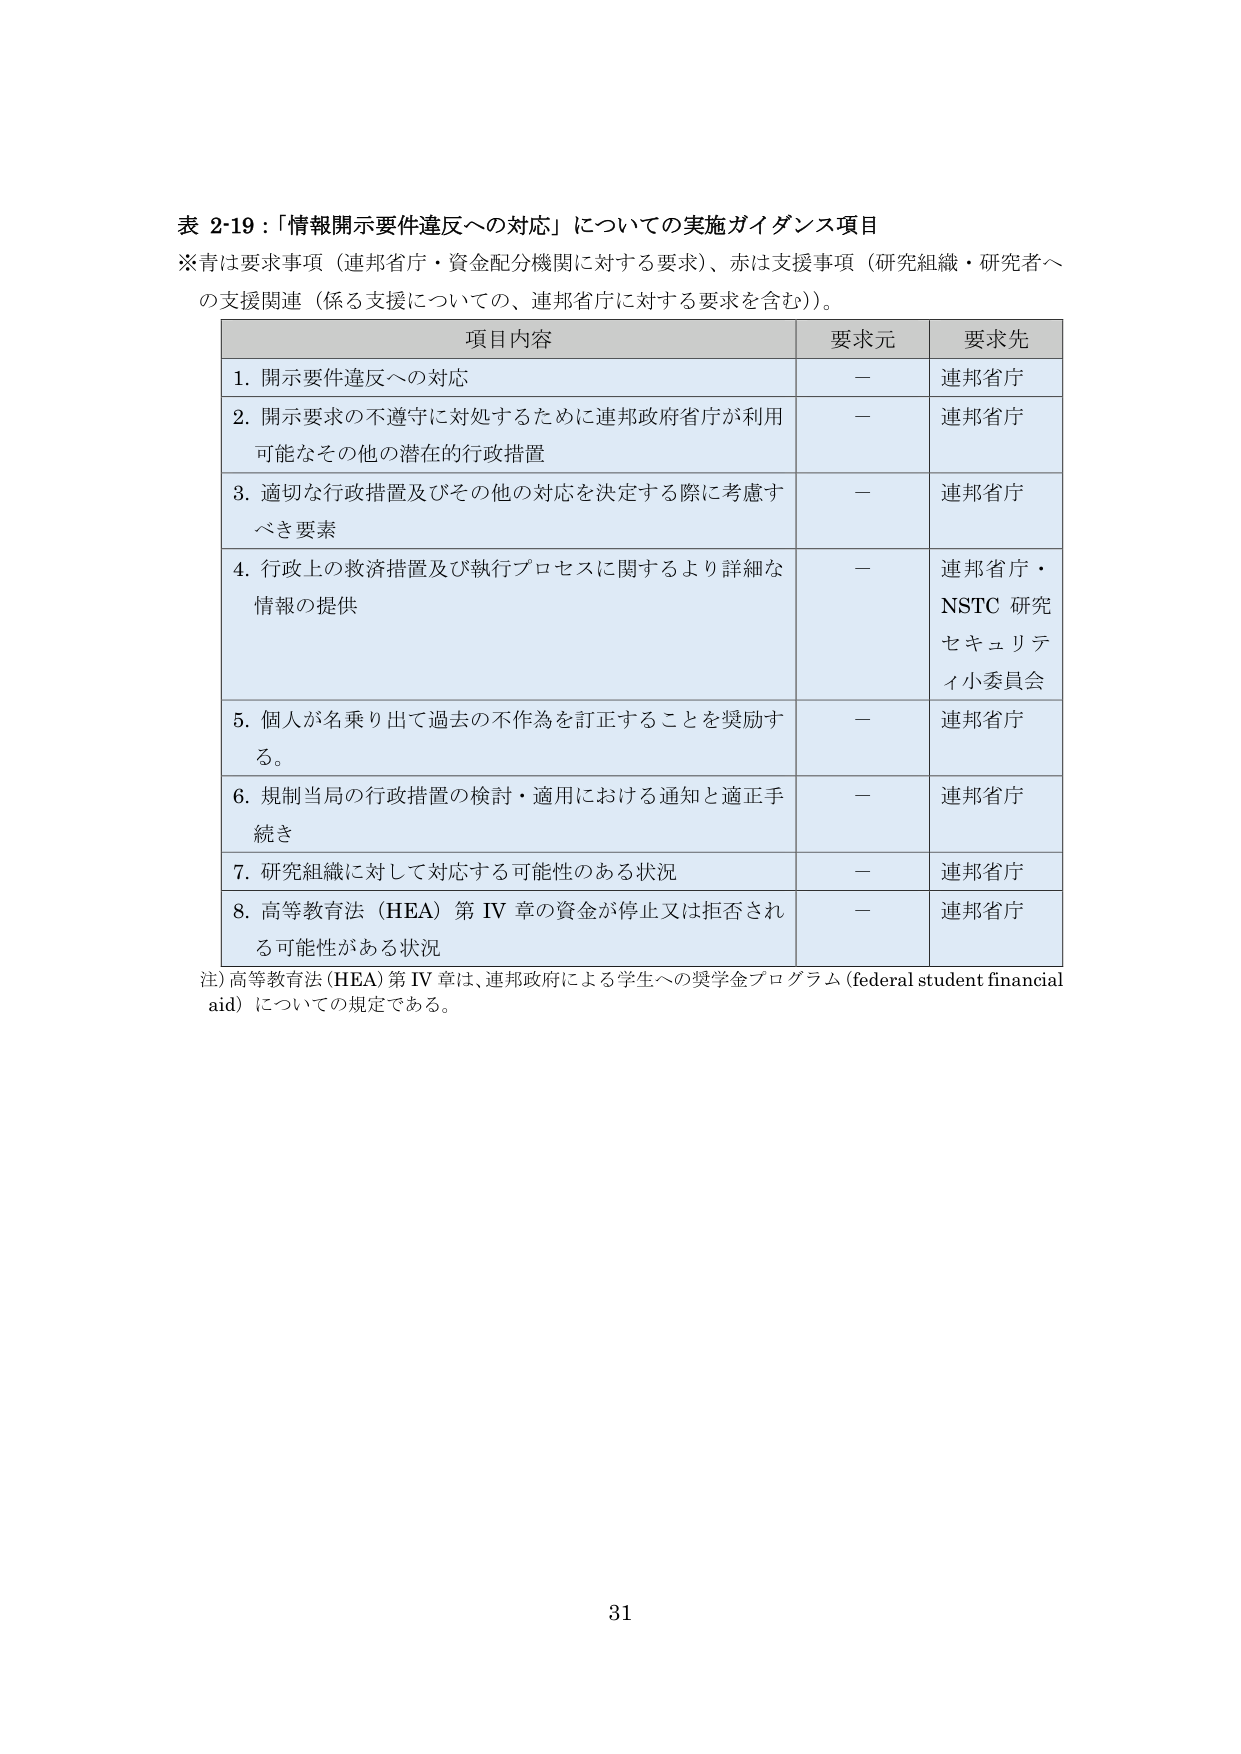
表 2-19：「情報開示要件違反への対応」についての実施ガイダンス項目
※青は要求事項（連邦省庁・資金配分機関に対する要求）、赤は支援事項（研究組織・研究者への支援関連（係る支援についての、連邦省庁に対する要求を含む））。

項目内容　　　　　　　　　　　　　　　　　　　　　　　要求元　　　要求先
1. 開示要件違反への対応　　　　　　　　　　　　　　　　ー　　　　　連邦省庁
2. 開示要求の不遵守に対処するために連邦政府省庁が利用可能なその他の潜在的行政措置　　　　　　　　　　　　　　　　ー　　　　　連邦省庁
3. 適切な行政措置及びその他の対応を決定する際に考慮すべき要素　　　　　　　　　　　　　　　　　　　　　　　　　　ー　　　　　連邦省庁
4. 行政上の救済措置及び執行プロセスに関するより詳細な情報の提供　　　　　　　　　　　　　　　　　　　　　　　　　ー　　　　　連邦省庁・NSTC 研究セキュリティ小委員会
5. 個人が名乗り出て過去の不作為を訂正することを奨励する。　　　　　　　　　　　　　　　　　　　　　　　　　　　　ー　　　　　連邦省庁
6. 規制当局の行政措置の検討・適用における通知と適正手続き　　　　　　　　　　　　　　　　　　　　　　　　　　　　ー　　　　　連邦省庁
7. 研究組織に対して対応する可能性のある状況　　　　　　　　　　　　　　　　　　　　　　　　　　　　　　　　　　ー　　　　　連邦省庁
8. 高等教育法（HEA）第 IV 章の資金が停止又は拒否される可能性がある状況　　　　　　　　　　　　　　　　　　　　　ー　　　　　連邦省庁

注）高等教育法（HEA）第 IV 章は、連邦政府による学生への奨学金プログラム（federal student financial aid）についての規定である。

31